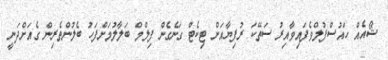
ޝޯއެއް ހައުސްފުލްވެފައިވާއިރު ސަތޭކަ ރުފިޔާއަށް ޓިކެޓް ގަނެގެން ފިލްމް ބަލާލުމަށްފަހު ބެލުންތެރިން ގެއަށްދަނީ